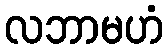
လဘာမဟံ